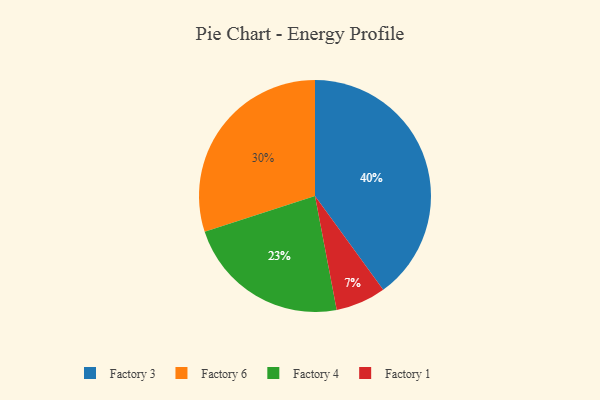
{"axis": {"x": "Category", "y": "Percentage"}, "legend": ["Factory 1", "Factory 3", "Factory 4", "Factory 6"], "data": [{"x": "Factory 1", "y": 7, "type": "Factory 1"}, {"x": "Factory 4", "y": 23, "type": "Factory 4"}, {"x": "Factory 6", "y": 30, "type": "Factory 6"}, {"x": "Factory 3", "y": 40, "type": "Factory 3"}]}